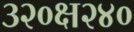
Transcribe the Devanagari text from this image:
३२०क्ष२४०